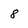
Character: 8